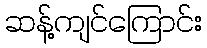
ဆန့်ကျင်ကြောင်း